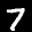
Label: 7